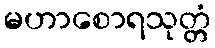
မဟာစောရသုတ္တံ